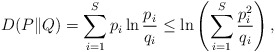
\begin{align*}D(P \| Q) = \sum_{i = 1}^S p_i \ln \frac{p_i}{q_i} \leq \ln \left( \sum_{i = 1}^S \frac{p_i^2}{q_i} \right),\end{align*}